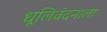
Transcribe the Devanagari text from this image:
धूलिवंदनाला